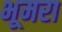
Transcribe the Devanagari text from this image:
भूमरा